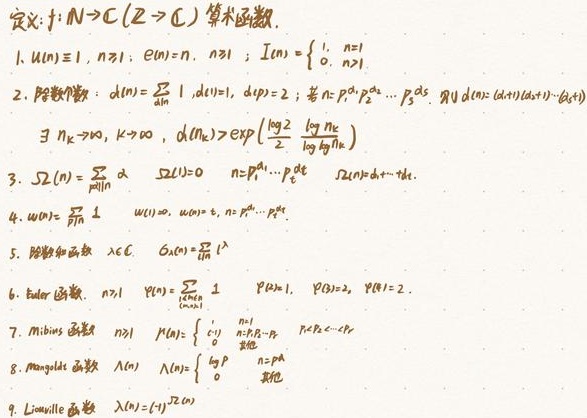
定义：$f:\mathbb{N}\to\mathbb{C}(\mathbb{Z}\to\mathbb{C})$ 算术函数.
1. $u(n)\equiv1,\ n\geq1;\ e(n)=n,\ n\geq1;\ I(n)=\begin{cases}1, & n = 1\\0, & n>1\end{cases}$
2. 除数个数：$d(n)=\sum_{d|n}1,\ d(1)=1,\ d(p)=2$；若 $n = p_1^{a_1}p_2^{a_2}\cdots p_s^{a_s}$，则 $d(n)=(a_1 + 1)(a_2+1)\cdots(a_s + 1)$，$\exists n_k\to\infty,\ k\to\infty,\ d(n_k)>\exp\left(\frac{\log 2}{2}\frac{\log n_k}{\log\log n_k}\right)$
3. $\Omega(n)=\sum_{p^a||n}a$，$\Omega(1)=0$，$n = p_1^{a_1}\cdots p_s^{a_s}$，$\Omega(n)=a_1+\cdots+a_s$
4. $\omega(n)=\prod_{p|n}1$，$\omega(1)=0$，$\omega(p)=1$，$n = p_1^{a_1}\cdots p_s^{a_s}$
5. 除数和函数 $\sigma_{\alpha}(n)=\sum_{d|n}d^{\alpha}$，$\alpha\in\mathbb{C}$
6. Euler 函数：$n\geq1$，$\varphi(n)=\sum_{\substack{1\leq k\leq n\\(k,n)=1}}1$，$\varphi(1)=1$，$\varphi(p)=p - 1$，$\varphi(p^a)=p^{a-1}(p - 1)$
7. M\"{o}bius 函数：$n\geq1$，$\mu(n)=\begin{cases}1, & n = 1\\(-1)^s, & n=p_1\cdots p_s\\0, & \text{otherwise}\end{cases}$
8. Mangoldt 函数 $\Lambda(n)=\begin{cases}\log p, & n = p^a\\0, & \text{其他}\end{cases}$
9. Liouville 函数 $\lambda(n)=(-1)^{\Omega(n)}$